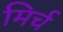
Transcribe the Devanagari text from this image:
मिर्च